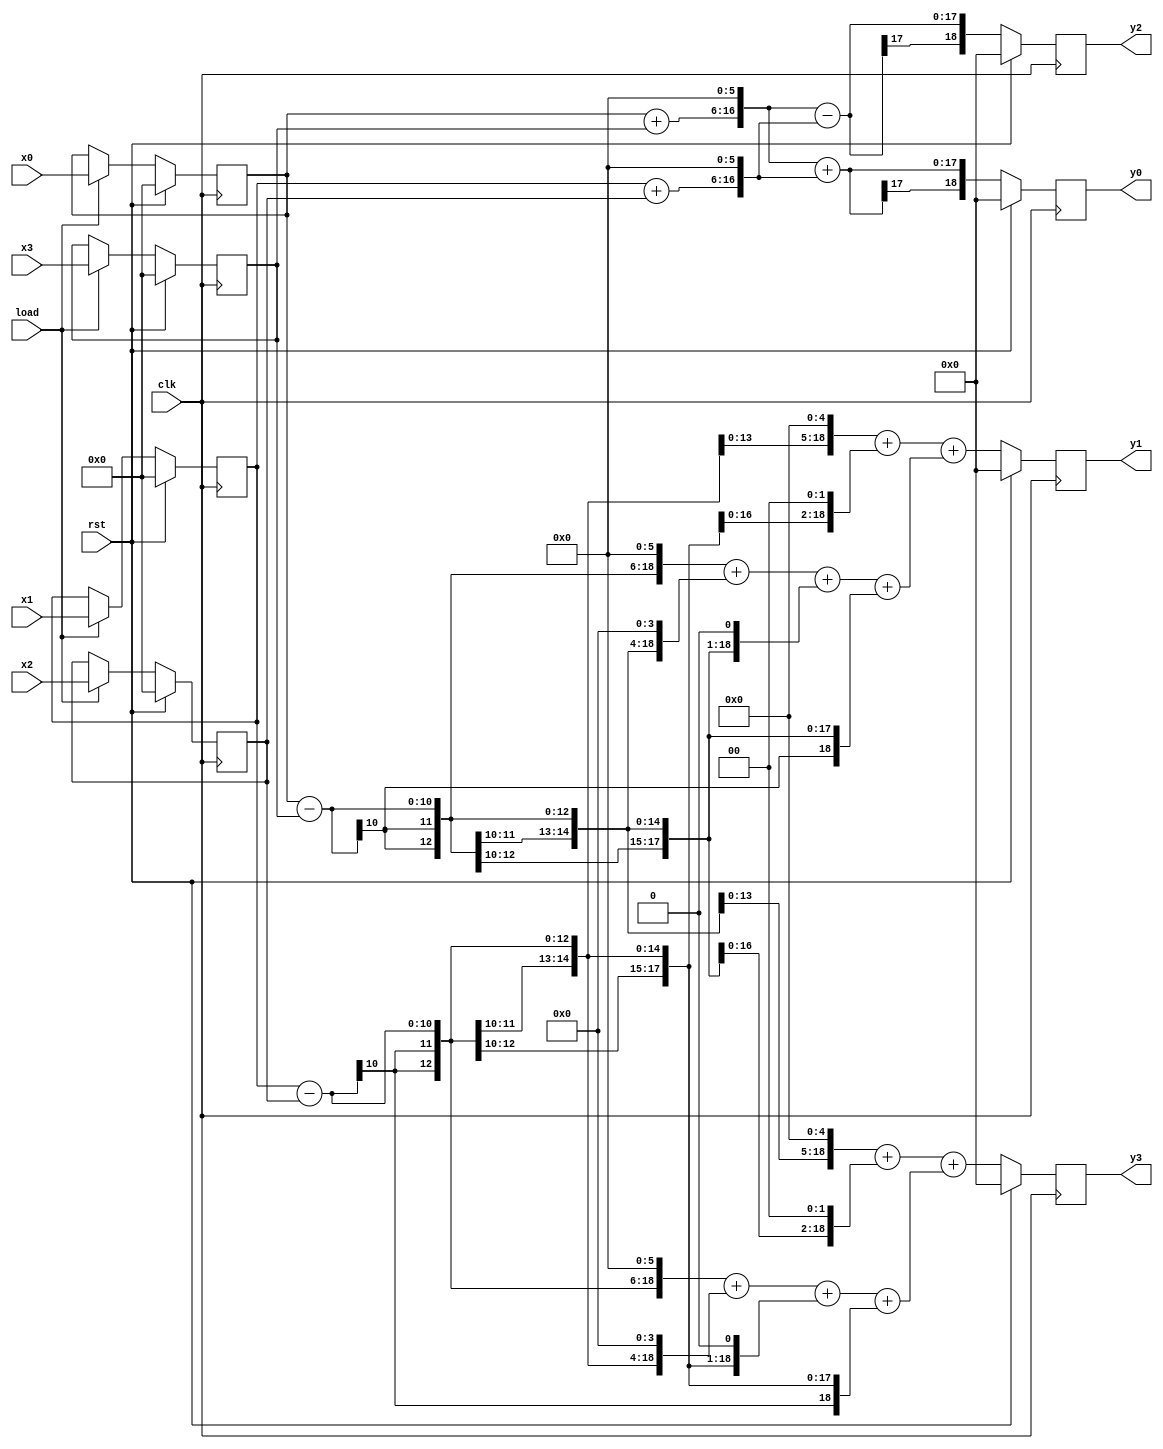
module bloque
#(
parameter	WIDTH_X = 10,
parameter	WIDTH_Y = 19
)
(
	input wire signed [WIDTH_X-1:0] x0,
	input wire signed [WIDTH_X-1:0] x1,
	input wire signed [WIDTH_X-1:0] x2,
	input wire signed [WIDTH_X-1:0] x3,
	
	input wire clk,rst,load,

	output reg signed [WIDTH_Y-1:0] y0,
	output reg signed [WIDTH_Y-1:0] y1,
	output reg signed [WIDTH_Y-1:0] y2,
	output reg signed [WIDTH_Y-1:0] y3
	
);
	reg signed [WIDTH_X-1:0] a0_reg;
	reg signed [WIDTH_X-1:0] a1_reg;
	reg signed [WIDTH_X-1:0] a2_reg;
	reg signed [WIDTH_X-1:0] a3_reg;
	
	wire signed [WIDTH_Y-1:0] y0_d;
	wire signed [WIDTH_Y-1:0] y1_d;
	wire signed [WIDTH_Y-1:0] y2_d;
	wire signed [WIDTH_Y-1:0] y3_d;
	
//	always @ (posedge clk or negedge rst_b)
	always @ (posedge clk)
	begin
//		if(!rst_b) begin
		if(rst) begin
				y0 <= 0;
				y1 <= 0;
				y2 <= 0;
				y3 <= 0;

				a0_reg <= 0;
				a1_reg <= 0;
				a2_reg <= 0;
				a3_reg <= 0;
		end
		else begin
				y0 <= y0_d;
				y1 <= y1_d;
				y2 <= y2_d;
				y3 <= y3_d;
				
				if (load) begin
					a0_reg <= x0;
					a1_reg <= x1;
					a2_reg <= x2;
					a3_reg <= x3;
				end
				
		end
	end
	
	wire signed [WIDTH_Y-1:0] a0;
	wire signed [WIDTH_Y-1:0] a1;
	wire signed [WIDTH_Y-1:0] b0;
	wire signed [WIDTH_Y-1:0] b1;
	
	wire signed [WIDTH_Y-1:0] t0_64; 
	wire signed [WIDTH_Y-1:0] t0_83;
	wire signed [WIDTH_Y-1:0] t0_36;
	wire signed [WIDTH_Y-1:0] t1_64;
	wire signed [WIDTH_Y-1:0] t1_36;
	wire signed [WIDTH_Y-1:0] t1_83;
	
	assign a0 = a0_reg + a3_reg;
	assign a1 = a1_reg + a2_reg;
	assign b0 = a0_reg - a3_reg;
	assign b1 = a1_reg - a2_reg;
	
	assign t0_64 = {a0,6'b000000};
	assign t0_83 = {b0,6'b000000} + {b0,4'b0000} + {b0,1'b0} + b0;
	assign t0_36 = {b0,5'b00000} + {b0,2'b00};
	assign t1_64 = {a1,6'b000000};
	assign t1_83 = {b1,6'b000000} + {b1,4'b0000} + {b1,1'b0} + b1;
	assign t1_36 = {b1,5'b00000} + {b1,2'b00};

	assign y0_d = t0_64 + t1_64;
	assign y1_d = t1_36 + t0_83;
	assign y2_d = t0_64 - t1_64;
	assign y3_d = t0_36 + t1_83;

	endmodule